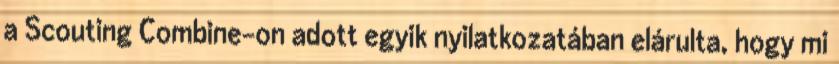
a Scouting Combine-on adott egyik nyilatkozatában elárulta, hogy mi